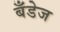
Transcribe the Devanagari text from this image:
बँडेज